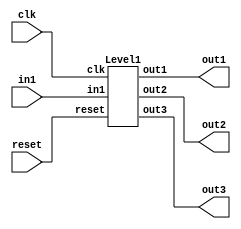
module Top(
    input clk,
    input reset,
    input [15:0] in1,
    output [15:0] out1,
    output [15:0] out2,
    output [15:0] out3
);
    wire _level1__clk;
    wire _level1__reset;
    wire [15:0] _level1__in1;
    wire [15:0] _level1__out1;
    wire [15:0] _level1__out2;
    wire [15:0] _level1__out3;
    Level1 level1 (
        .clk(_level1__clk),
        .reset(_level1__reset),
        .in1(_level1__in1),
        .out1(_level1__out1),
        .out2(_level1__out2),
        .out3(_level1__out3)
    );
    assign _level1__clk = clk;
    assign _level1__in1 = in1;
    assign _level1__reset = reset;
    assign out1 = _level1__out1;
    assign out2 = _level1__out2;
    assign out3 = _level1__out3;
endmodule //Top
module Level1(
    input clk,
    input reset,
    input [15:0] in1,
    output [15:0] out1,
    output [15:0] out2,
    output [15:0] out3
);
    wire [15:0] _reg1__q;
    wire [15:0] _reg1__d;
    DFF_POSCLK #(.width(16)) reg1 (
        .q(_reg1__q),
        .d(_reg1__d),
        .clk(clk)
    );
    wire _level2__clk;
    wire _level2__reset;
    wire [15:0] _level2__in1;
    wire [15:0] _level2__out2;
    wire [15:0] _level2__out3;
    Level2 level2 (
        .clk(_level2__clk),
        .reset(_level2__reset),
        .in1(_level2__in1),
        .out2(_level2__out2),
        .out3(_level2__out3)
    );
    assign _level2__clk = clk;
    assign _level2__in1 = in1;
    assign _level2__reset = reset;
    assign out1 = _reg1__q;
    assign out2 = _level2__out2;
    assign out3 = _level2__out3;
    assign _reg1__d = in1;
endmodule //Level1
module DFF_POSCLK(q, d, clk);
    parameter width = 4;
    output reg [width-1:0] q;
    input [width-1:0] d;
    input clk;
    always @(posedge clk) begin
        q <= d;
    end
endmodule // DFF_POSCLK
module Level2(
    input clk,
    input reset,
    input [15:0] in1,
    output [15:0] out2,
    output [15:0] out3
);
    wire [15:0] _reg2__q;
    wire [15:0] _reg2__d;
    DFF_POSCLK #(.width(16)) reg2 (
        .q(_reg2__q),
        .d(_reg2__d),
        .clk(clk)
    );
    wire _level3__clk;
    wire _level3__reset;
    wire [15:0] _level3__in1;
    wire [15:0] _level3__out3;
    Level3 level3 (
        .clk(_level3__clk),
        .reset(_level3__reset),
        .in1(_level3__in1),
        .out3(_level3__out3)
    );
    assign _level3__clk = clk;
    assign _level3__in1 = in1;
    assign _level3__reset = reset;
    assign out2 = _reg2__q;
    assign out3 = _level3__out3;
    assign _reg2__d = in1;
endmodule //Level2
module Level3(
    input clk,
    input reset,
    input [15:0] in1,
    output [15:0] out3
);
    wire [15:0] _reg3__q;
    wire [15:0] _reg3__d;
    DFF_POSCLK #(.width(16)) reg3 (
        .q(_reg3__q),
        .d(_reg3__d),
        .clk(clk)
    );
    assign out3 = in1;
    assign _reg3__d = in1;
endmodule //Level3